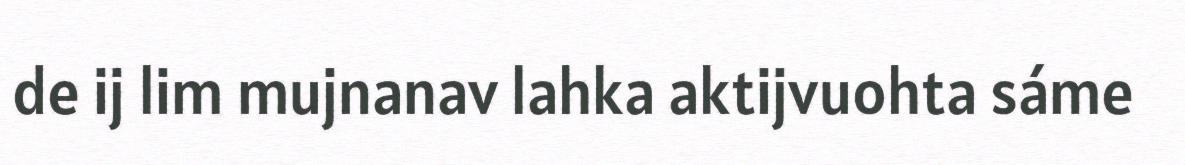
de ij lim mujnanav lahka aktijvuohta sáme